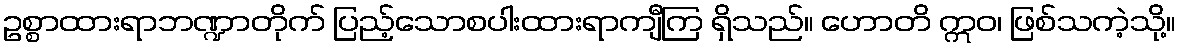
ဥစ္စာထားရာဘဏ္ဍာတိုက် ပြည့်သောစပါးထားရာကျီကြ ရှိသည်။ ဟောတိ ဣဝ၊ ဖြစ်သကဲ့သို့။